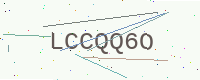
Text: LCCQQ6O